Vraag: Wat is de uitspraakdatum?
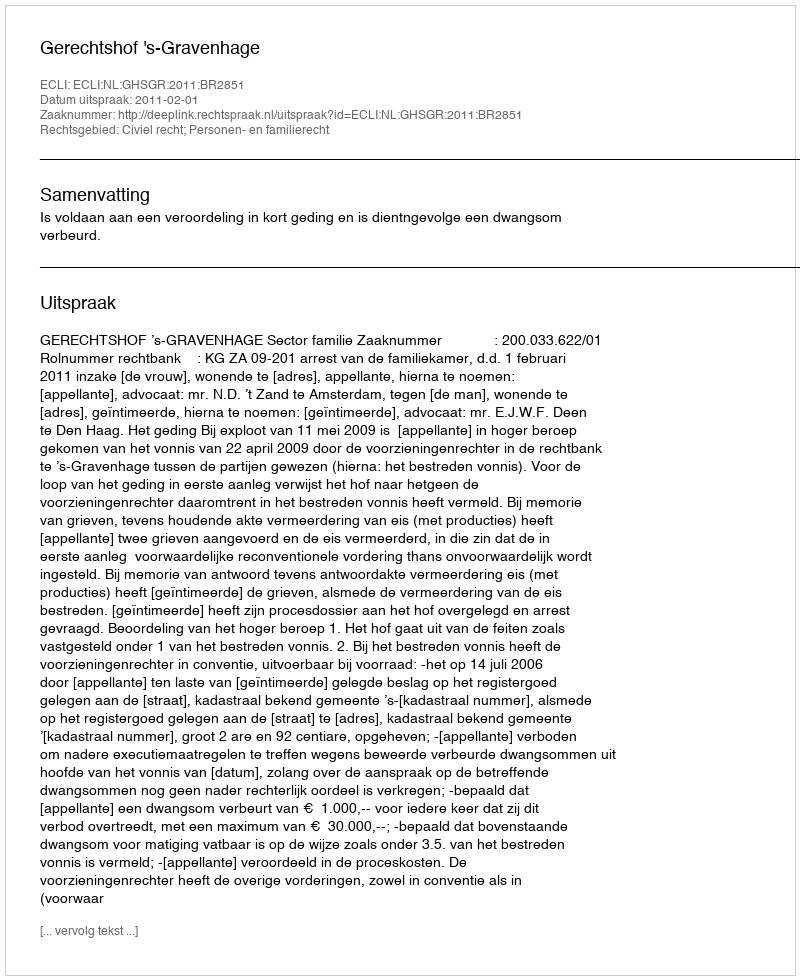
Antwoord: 2011-02-01